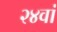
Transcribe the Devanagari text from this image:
२४वां